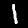
Digit: 1